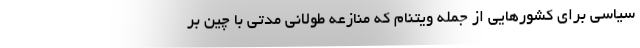
سیاسی برای کشورهایی از جمله ویتنام که منازعه طولانی مدتی با چین بر